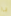
يا